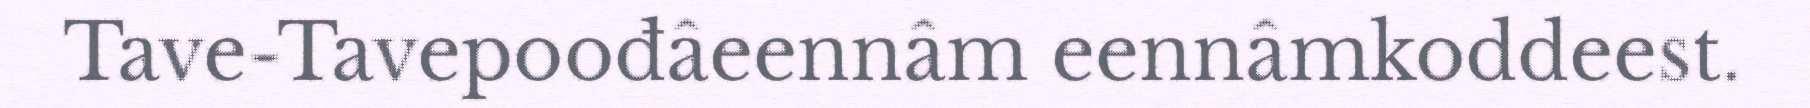
Tave-Tavepoođâeennâm eennâmkoddeest.